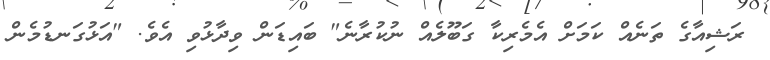
ރަޝިއާގެ ތަނެއް ކަމަށް އެމެރިކާ ގަބޫލެއް ނުކުރާނެ" ބައިޑަން ވިދާޅުވި އެވެ. "އަޅުގަނޑުމެން